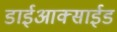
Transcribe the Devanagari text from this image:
डाईआक्साईड